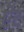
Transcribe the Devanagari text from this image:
ऎट